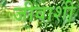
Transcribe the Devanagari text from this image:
जीवाशी